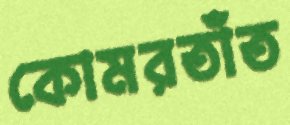
কোমরতাঁত